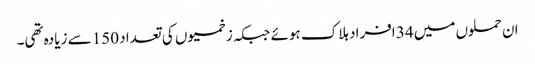
ان حملوں میں 34 افراد ہلاک ہوئے جبکہ زخمیوں کی تعداد 150 سے زیادہ تھی۔